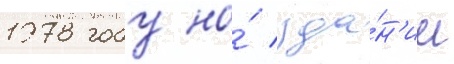
1978 году на́ зда́н'ии